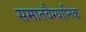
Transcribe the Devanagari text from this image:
समातवैग्यानिक